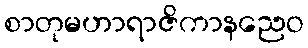
စာတုမဟာရာဇိကာနညေဝ